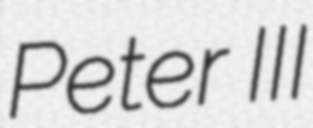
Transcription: Peter III